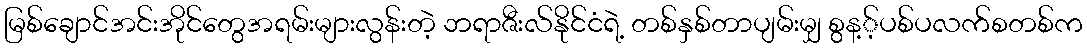
မြစ်ချောင်အင်းအိုင်တွေအရမ်းများလွန်းတဲ့ ဘရာဇီးလ်နိုင်ငံရဲ့ တစ်နှစ်တာပျမ်းမျှ စွန့့်ပစ်ပလက်စတစ်က